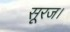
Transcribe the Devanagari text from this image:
सूरज।